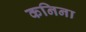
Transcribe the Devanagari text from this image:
कनिना